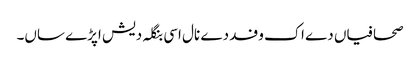
صحافیاں دے اک وفد دے نال اسی بنگلہ دیش اپڑے ساں۔